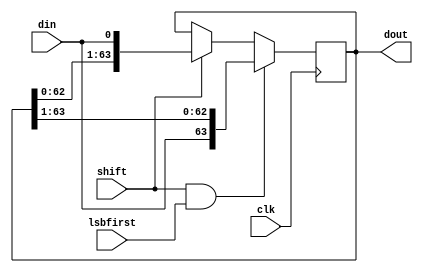
module oh_ser2par #(parameter PW = 64, // parallel packet width
		    parameter SW = 1,   // serial packet width
		    parameter CW = $clog2(PW/SW)  // serialization factor (for counter)
		    )
   (
    input 		clk, // sampling clock   
    input [SW-1:0] 	din, // serial data
    output reg [PW-1:0] dout, // parallel data  
    input 		lsbfirst, // lsb first order
    input 		shift      // shift the shifter
    );
   
   reg [CW-1:0]    count;
   wire [PW-1:0]   shiftdata;

   always @ (posedge clk)
     if(shift & lsbfirst)
       dout[PW-1:0] <= {din[SW-1:0],dout[PW-1:SW]};
     else if(shift)
       dout[PW-1:0] <= {dout[PW-SW-1:0],din[SW-1:0]};
   
endmodule